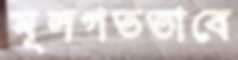
মূলগতভাবে